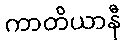
ကာတိယာနီ